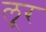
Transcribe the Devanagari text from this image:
लूर